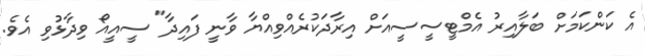
އެ ކަންކަމަށް ބަލާއިރު އެމްޓީސީސީއަށް އިރާދަކުރެއްވިއްޔާ ވާނީ ފައިދާ" ސީއީއޯ ވިދާޅުވި އެވެ.